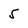
Character: 5